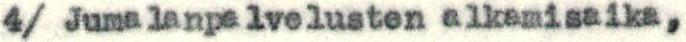
4/ Jumalanpalvelusten alkamisaika,